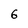
Character: 6